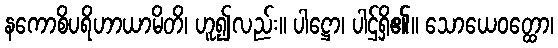
နကောစိပရိဟာယာမိတိ၊ ဟူ၍လည်း။ ပါဋ္ဌော၊ ပါဌ်ရှိ၏။ သောယေဝတ္ထော၊